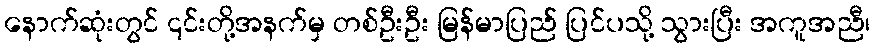
နောက်ဆုံးတွင် ၎င်းတို့အနက်မှ တစ်ဦးဦး မြန်မာပြည် ပြင်ပသို့ သွားပြီး အကူအညီ၊